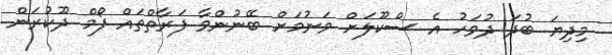
މިދިޔަ ބުދަ ދުވަހު އެ ސްކޫލަށް ވަނުމަށް ބޭނުންވާ ފަރާތްތައް ފޯމް ދޫކުރަން